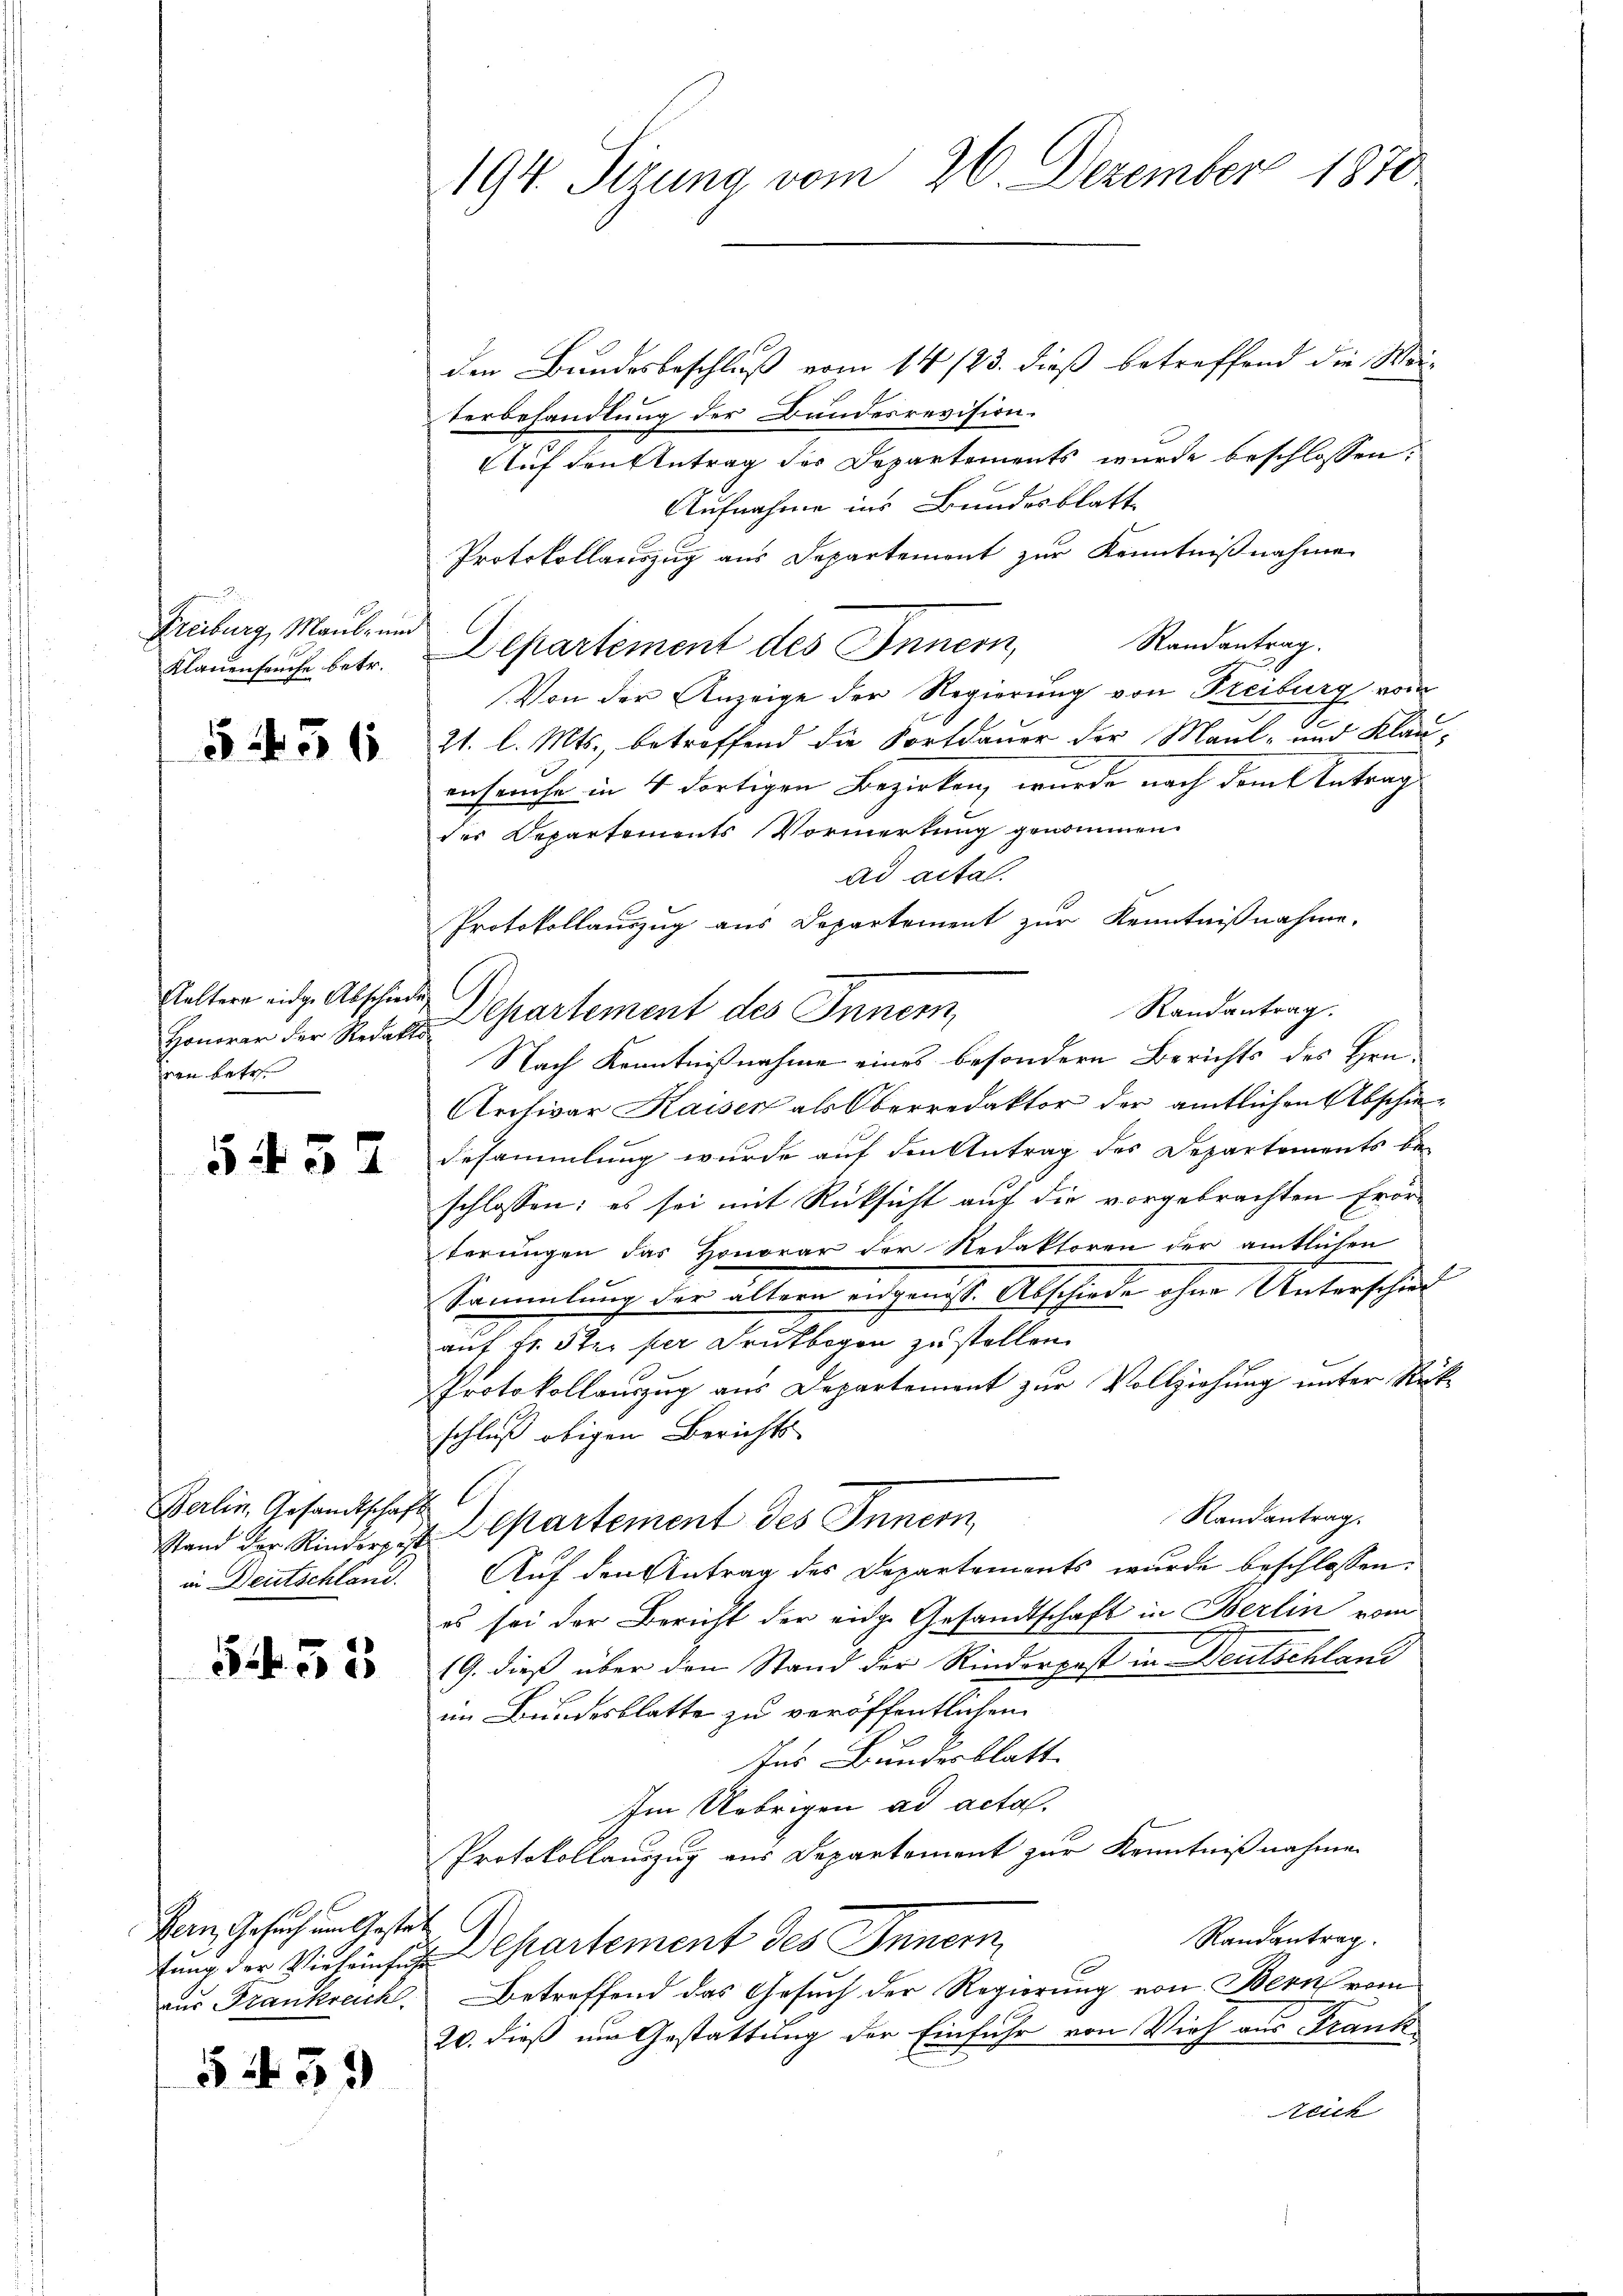
Freiburg, Maul- und

§ 456

Kaltern eidge Abschiede
ven betr.

5432

Berlin, Gesandtschaft
in Deutschland.

535

fern Gesuch im Gestat
aus Frankreich.

539

194. Sizung vom 26. Dezember 1870

den Bundesbeschluß vom 14/23. dieß betreffend die Meiterbehandlung der Bundesrevision.
Auf den Antrag der Departements wurde beschlossen:
Aufnahme ins Bundesblatt
Protokollauszug aus Departement zur Kenntnißnahmen
Randantrag.
Klauenseuche betr. Departement des Innern,
Von der Anzeige der Regierung von Freiburg vom
21. l. Mts., betreffend die Fortdauer der Maul- und Klau-
enseuche in 4 dortigen Bezirken, wurde nach dem Antrag
des Departements Vormerkung genommen.
ad acta.
Protokollauszug aus Departement zur Kenntnißnahme.
Randantrag.
Homer der Rede Cartement des Innern,
Nach Kenntnißnahme eines besondern Berichts des Hrn.
Archivar Kaisen als Oberredaktor der amtlichen Abschie¬
Besammlung wurde auf den Antrag des Departements be-
schlossen: es sei mit Rücksicht auf die vorgebrachten Erörterungen das Honorar der Redaktoren der amtlichen
Sammlung der ältern angen ist. Abschiede ohne Unterschied
auf fr. 5 ter per Druckbogen zu stellen.
Protokollauszug aus Departement zur Vollziehung unter Rückschluß obigen Berichts-
Randantrag.
Stand der Kindere Departement des Innern,
Auf den Antrag des Departements wurde beschlossen:
es sei der Bericht der eidge Gesandtschaft in Berlin vom
(G. dieß über den Stand der Rinderpost in Deutschland
im Bundesblatte zu veröffentlichen
tes Bundesblatt.
Im Uebrigen ad acta.
Protokollauszug aus Departement zur Kenntnißnahmen
Randantrag.
fung der Viehainsiche Departement des Innern
10
Betreffend das Gesuch der Regierung von Bern vom
20. dieß um Gestattung der Einfuhr von Vieh aus Frank-
eich